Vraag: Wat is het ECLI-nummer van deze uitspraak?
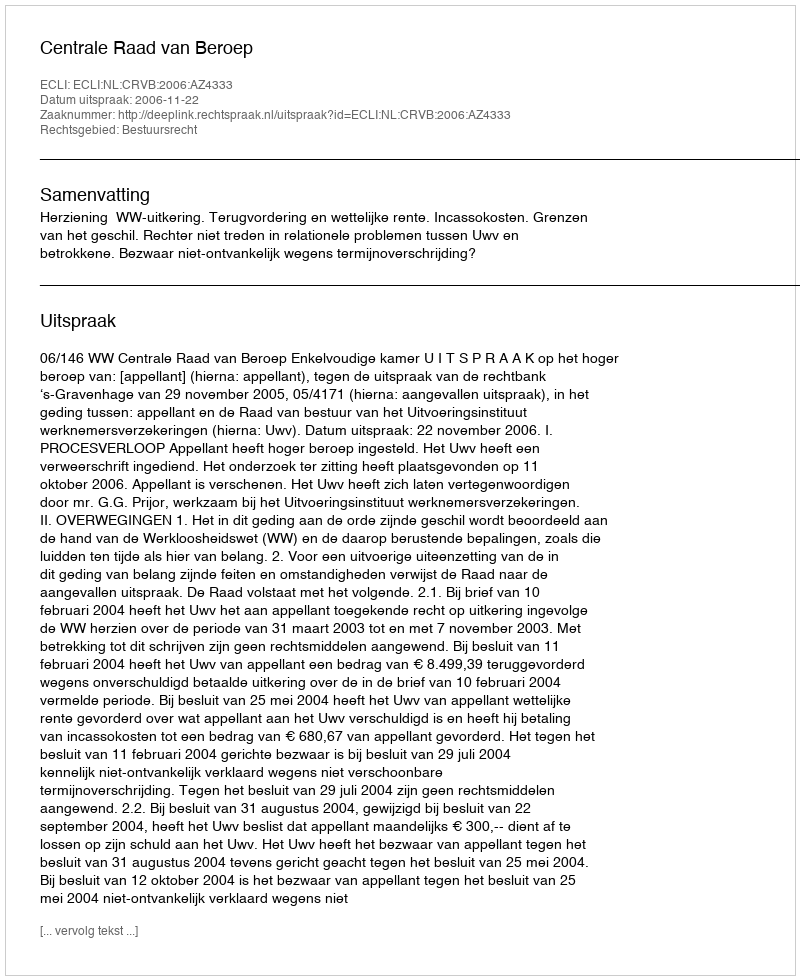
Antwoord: ECLI:NL:CRVB:2006:AZ4333